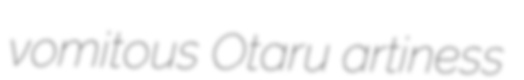
vomitous Otaru artiness